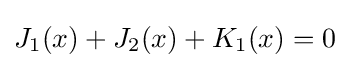
J_{1}(x)+J_{2}(x)+K_{1}(x)=0